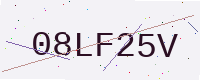
Text: 08LF25V